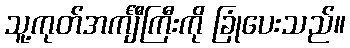
သူ့ကုတ်အင်္ကျီကြီးကို ခြုံပေးသည်။